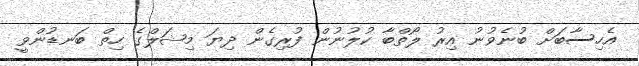
އެހިސާބަށް ބުނެވުނު އިރު ލޯތްބާ ކުލުނުން ފުރިގެން ދިޔަ މިޝަލްގެ ހިތް ބަނޑުންވީ